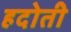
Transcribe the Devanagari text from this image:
हदोती